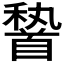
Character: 𩠨